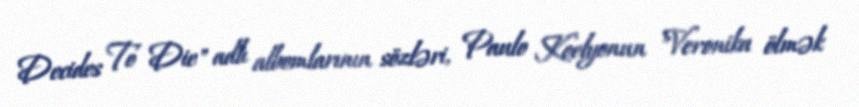
Decides To Die" adlı albomlarının sözləri, Paulo Koelyonun "Veronika ölmək